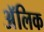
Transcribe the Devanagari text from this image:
अॅलिक